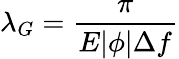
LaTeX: \lambda_{G}=\frac{\pi}{E|\phi|\Delta f}